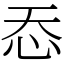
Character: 㤁